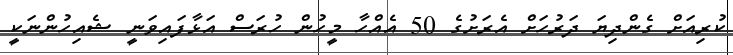
ކުރިއަށް ގެންދިޔަ ދަރުހަށް އެރަށުގެ 50 އެއްހާ މީހުން ހުރަސް އަޅާފައިވަނީ ޝެއިހުންނަކީ